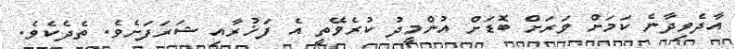
އާދެވިދާނެ ކަމަށް ވަރަށް ބޮޑަށް އުންމީދު ކުރެވޭތީ އެ ފަޚުރާއި ޝަރަފަށެވެ. ތެދެކެވެ.